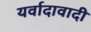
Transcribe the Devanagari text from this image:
यर्वादावादी